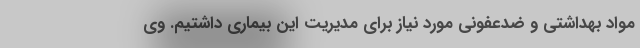
مواد بهداشتی و ضدعفونی مورد نیاز برای مدیریت این بیماری داشتیم. وی